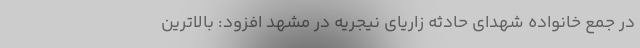
در جمع خانواده شهدای حادثه زاریای نیجریه در مشهد افزود: بالاترین